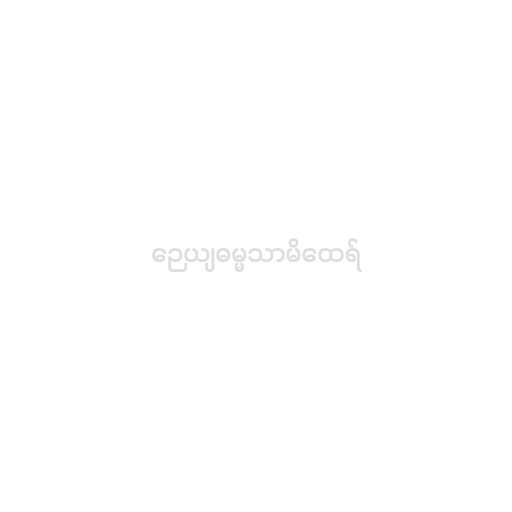
ဉေယျဓမ္မသာမိထေရ်